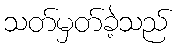
သတ်မှတ်ခဲ့သည်